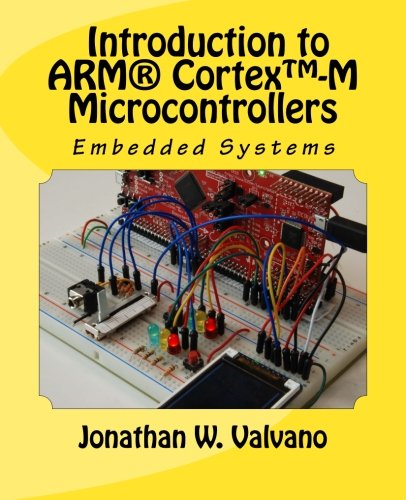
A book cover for Embedded Systems: Introduction to ArmÂ® Cortex(TM)-M Microcontrollers , Fifth Edition (Volume 1); Jonathan W Valvano; Computers & Technology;